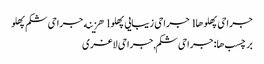
جراحی پهلوها l جراحی زیبایی پهلو l هزینه جراحی شکم پهلو
برچسب ها: جراحی شکم,جراحی لاغری